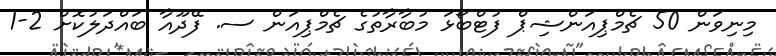
މިނިވަން 50 ޗެމްޕިއަންޝިޕް ފުޓްބޯޅަ މުބާރާތުގެ ޗެމްޕިއަން ސ. ފޭދޫއާ ބައްދަލުކޮށް 2-1